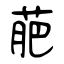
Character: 萉